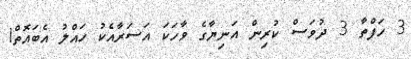
3 ހަފްތާ 3 ދުވަސް ކުރިން އަނިޔާގެ ވާހަކަ އަސަރާއެކު ހައްލު އެބައޮތް!